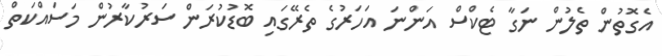
އެގޮތުން ތެލުން ނަގާ ޓެކްސް އަންނަ އަހަރުގެ ތެރޭގައި ބޮޑުކުރަން ސަރުކާރުން މަސައްކަތް